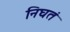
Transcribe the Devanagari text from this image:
निघतं